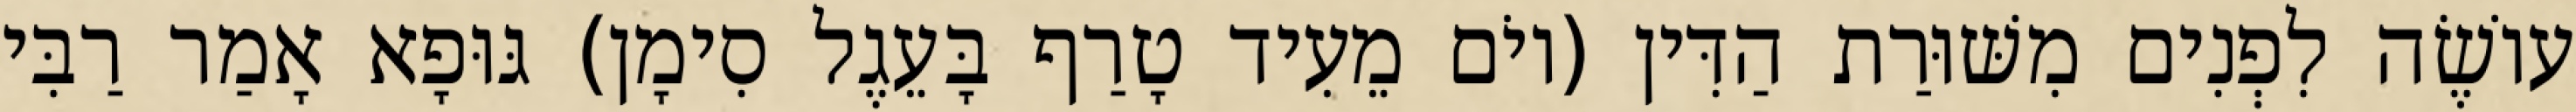
עוֹשֶׂה לִפְנִים מִשּׁוּרַת הַדִּין (יוֹם מֵעִיד טָרַף בָּעֵגֶל סִימָן) גּוּפָא אָמַר רַבִּי